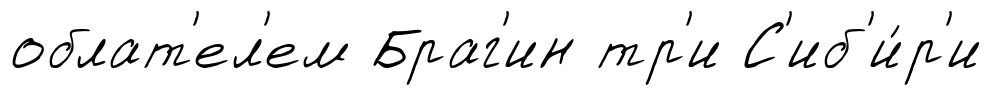
облат'ел'ем Браг'ин тр'и С'иб'и́р'и